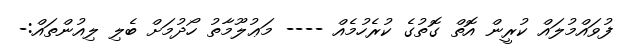
ފުވައްމުލައް ކުރީން އޮތް ގޮތުގެ ކުރެހުމެއް ---- މަޢުލޫމާތު ހޯދުމަށް ބެލި ލިއުންތައް:-